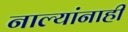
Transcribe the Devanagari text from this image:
नाल्यांनाही